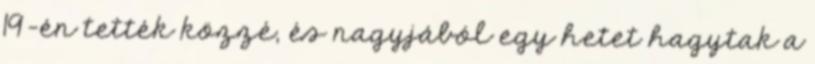
19-én tették közzé, és nagyjából egy hetet hagytak a